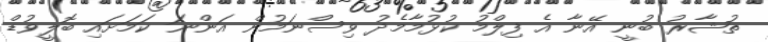
ތުޝާރު ބުނީ އޭނާ އެ ފިލްމު ކުޅުމާމެދު ވިސްނަމުން އަންނަ ކަމަށައި ބޮލީވުޑް